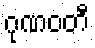
ဂုဏဝတီ